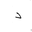
Letter: _dal